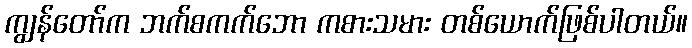
ကျွန်တော်က ဘက်စကက်ဘော ကစားသမား တစ်ယောက်ဖြစ်ပါတယ်။